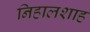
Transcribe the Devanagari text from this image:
निहालशाह